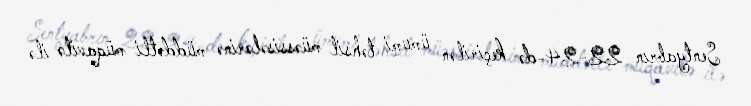
Sentyabrın 22-24-də keçirilən ümumi təhsil müəssisələrinə müddətli müqavilə ilə